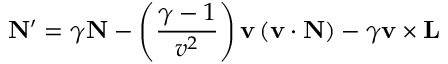
\mathbf { N } ^ { \prime } = \gamma \mathbf { N } - \left( { \frac { \gamma - 1 } { v ^ { 2 } } } \right) \mathbf { v } \left( \mathbf { v } \cdot \mathbf { N } \right) - \gamma \mathbf { v } \times \mathbf { L }